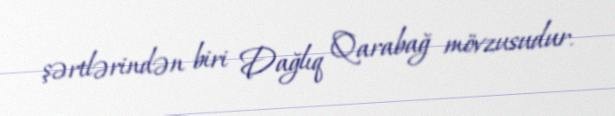
şərtlərindən biri Dağlıq Qarabağ mövzusudur.